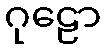
ဂုဠော